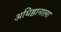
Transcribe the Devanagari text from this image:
अधिष्ठानाला